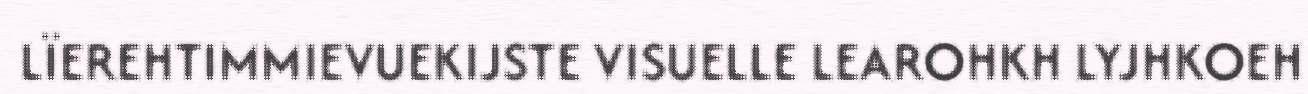
LÏEREHTIMMIEVUEKIJSTE VISUELLE LEAROHKH LYJHKOEH